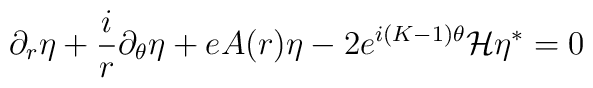
\partial_r\eta+\frac{i}{r}\partial_{\theta}\eta+eA(r)\eta-2e^{i(K-1)\theta} {\cal{H}}\eta^*=0